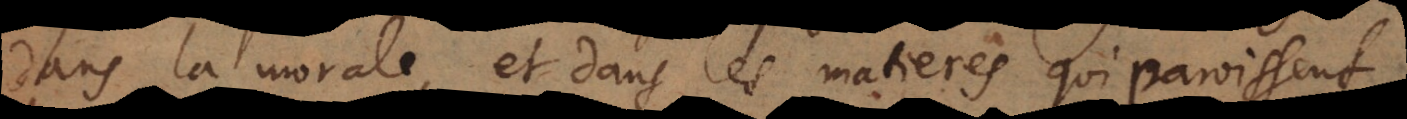
dans la morale, et dans les matieres qui paroissent